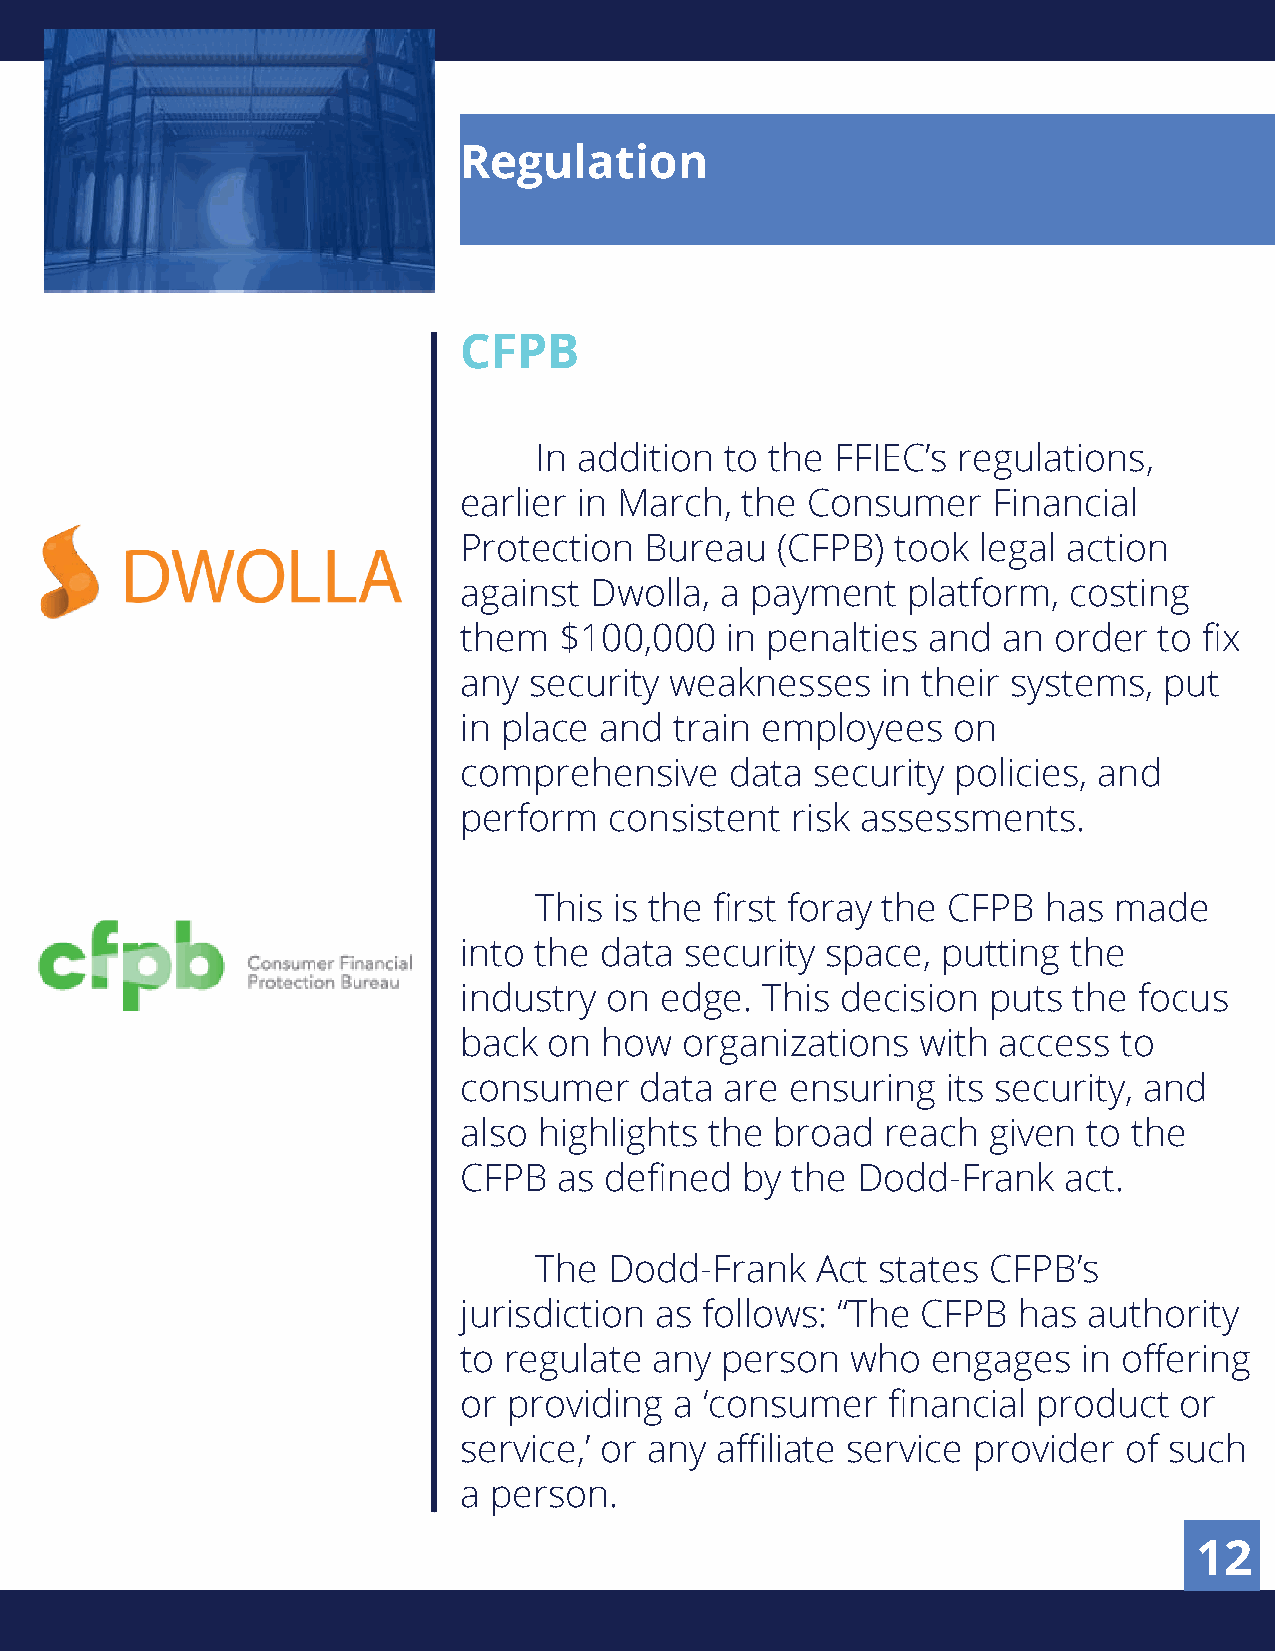
Regulation
 CFPB
 In addition  to the FFIEC’s regulations,
 earlier in March,  the Consumer     Financial
 Protection   Bureau  (CFPB)  took  legal action
 against  Dwolla,  a payment   platform,  costing
 them   $100,000   in penalties and  an  order  to fix
 any  security weaknesses    in their systems,  put
 in place  and  train employees   on
 comprehensive     data  security policies, and
 perform   consistent  risk assessments.
 This  is the first foray the CFPB has  made
 into the  data security  space, putting  the
 industry  on  edge. This  decision puts  the focus
 back  on  how  organizations   with access  to
 consumer    data  are ensuring   its security, and
 also  highlights the broad   reach  given to the
 CFPB   as defined  by the  Dodd-Frank    act.
 The  Dodd-Frank    Act states CFPB’s
 jurisdiction as follows: “The  CFPB  has  authority
 to regulate  any  person  who   engages   in offering
 or  providing  a ‘consumer   financial product  or
 service,’ or any affiliate service provider of such
 a person.
 12